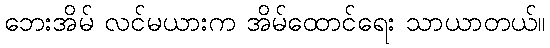
ဘေးအိမ် လင်မယားက အိမ်ထောင်ရေး သာယာတယ်။